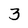
Character: 3